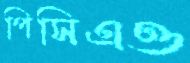
পিসিএও